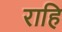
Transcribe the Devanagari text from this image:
राहि